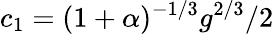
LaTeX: c_{1}=(1+\alpha)^{-1/3}g^{2/3}/2